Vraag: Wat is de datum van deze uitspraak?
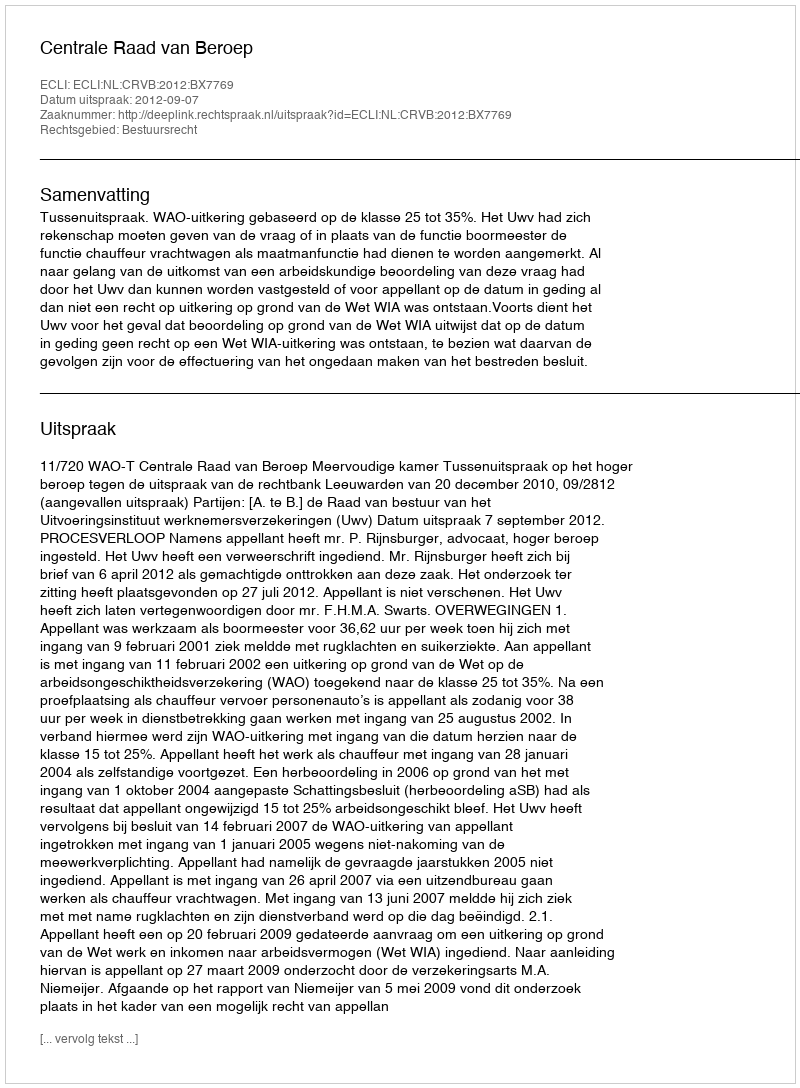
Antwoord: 2012-09-07